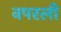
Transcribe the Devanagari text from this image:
वपरली